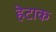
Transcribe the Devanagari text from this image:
हेटाक